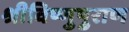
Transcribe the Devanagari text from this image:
श्रीविष्णुपुराण